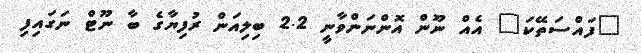
"ފައްސަތޭކަ" އެއް ނޫން އޮންނަންވާނީ 2.2 ބިލިއަން ރުފިޔާގެ ބާ ނޫޓް ނަގައިފި